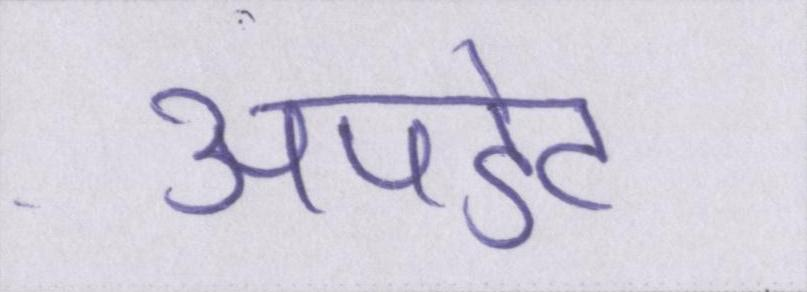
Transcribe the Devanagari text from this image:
अपडेट